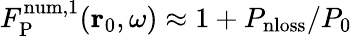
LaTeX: F_{\mathrm{P}}^{\mathrm{num,1}}({\mathbf r}_{0},\omega)\approx 1+P_{\mathrm{nloss}}/P_{0}